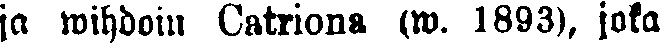
ja wihdoin Catriona w. 1893), joka